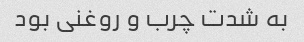
به شدت چرب و‌ روغنی بود